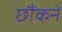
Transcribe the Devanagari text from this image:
छौंकने